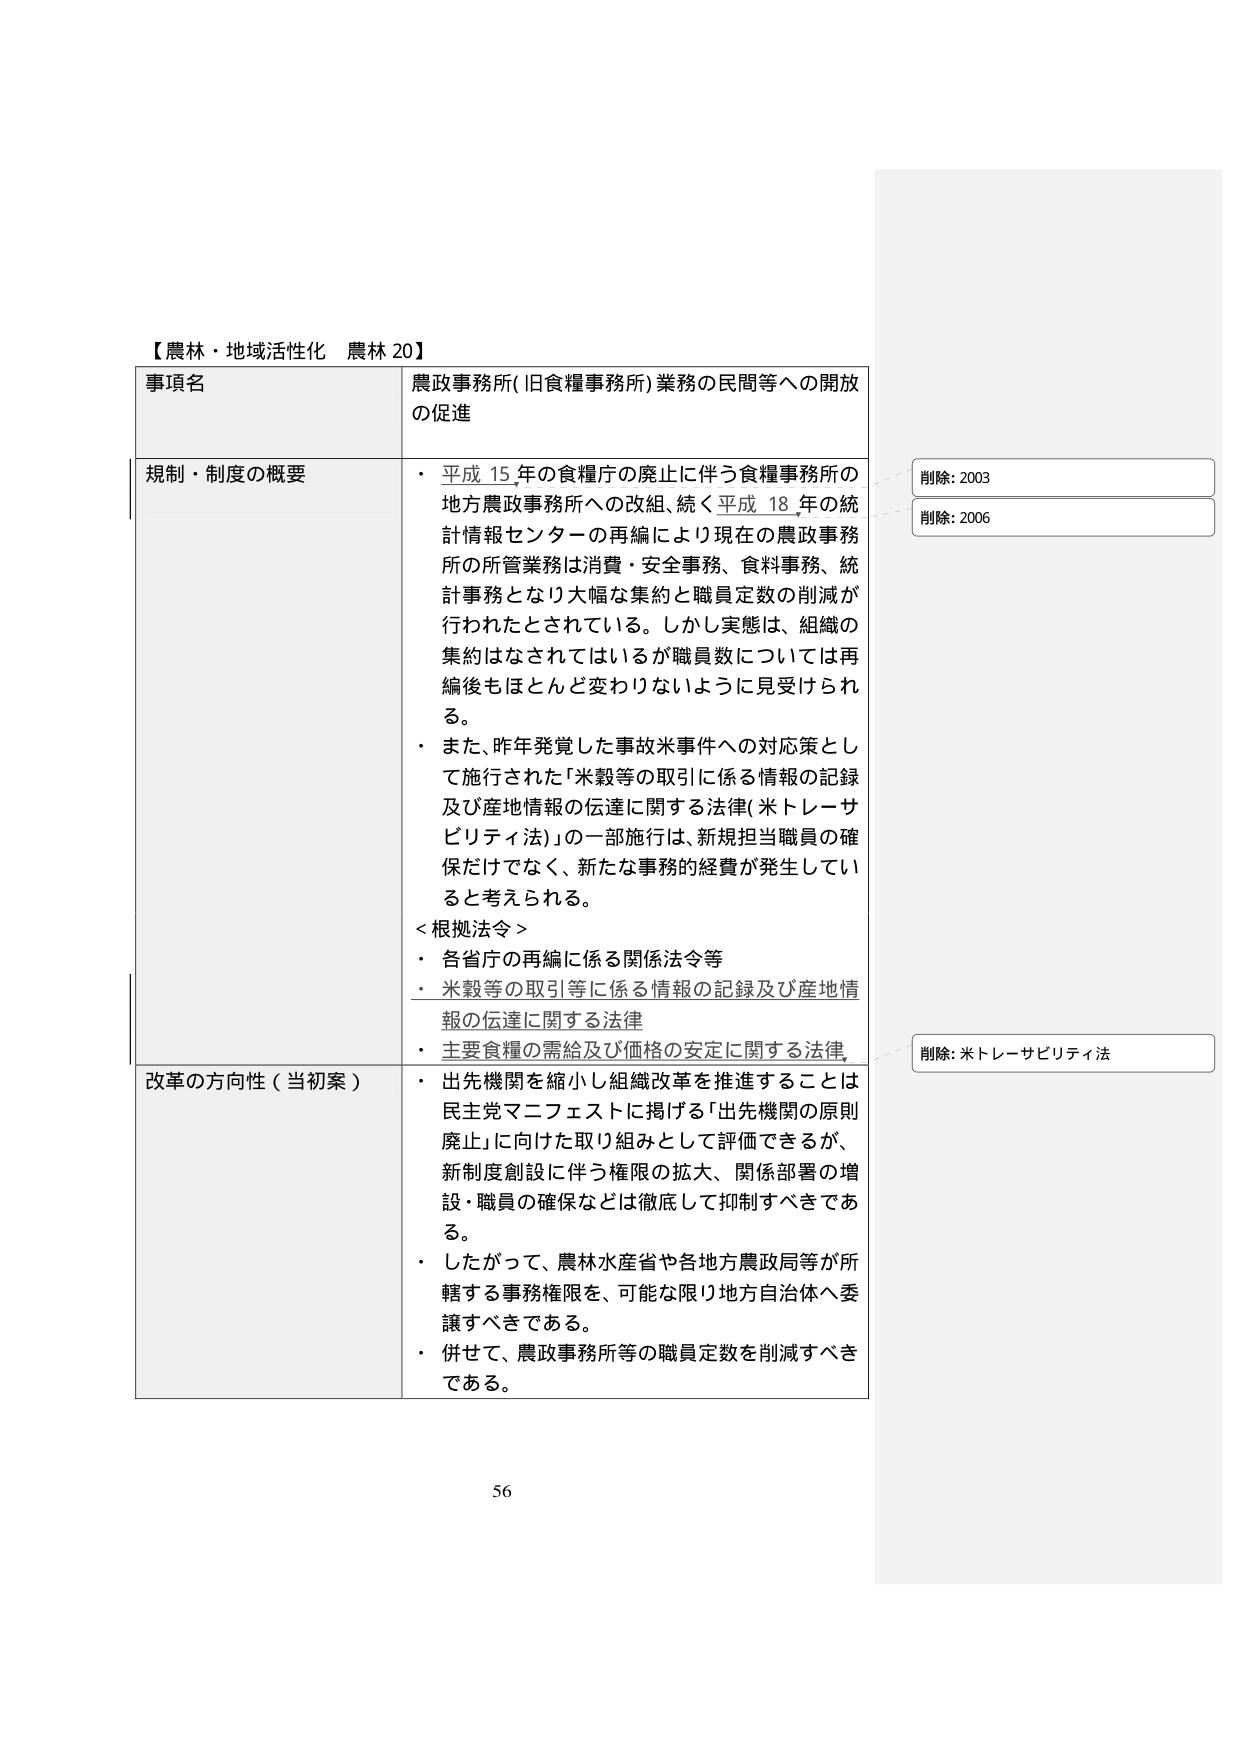
【農林・地域活性化 農林 20】

事項名
農政事務所(旧食糧事務所)業務の民間等への開放の促進

規制・制度の概要
・ 平成15年の食糧庁の廃止に伴う食糧事務所の地方農政事務所への改組、続く平成18年の統計情報センターの再編により現在の農政事務所の所管業務は消費・安全事務、食料事務、統計事務となり大幅な集約と職員定数の削減が行われたとされている。しかし実態は、組織の集約はなされてはいるが職員数については再編後もほとんど変わりないように見受けられる。
・ また、昨年発覚した事故米事件への対応策として施行された「米穀等の取引に係る情報の記録及び産地情報の伝達に関する法律(米トレーサビリティ法)」の一部施行は、新規担当職員の確保だけでなく、新たな事務的経費が発生していると考えられる。

＜根拠法令＞
・ 各省庁の再編に係る関係法令等
・ 米穀等の取引等に係る情報の記録及び産地情報の伝達に関する法律
・ 主要食糧の需給及び価格の安定に関する法律

改革の方向性（当初案）
・ 出先機関を縮小し組織改革を推進することは民主党マニフェストに掲げる「出先機関の原則廃止」に向けた取り組みとして評価できるが、新制度創設に伴う権限の拡大、関係部署の増設・職員の確保などは徹底して抑制すべきである。
・ したがって、農林水産省や各地方農政局等が所轄する事務権限を、可能な限り地方自治体へ委譲すべきである。
・ 併せて、農政事務所等の職員定数を削減すべきである。

削除: 2003
削除: 2006
削除: 米トレーサビリティ法

56